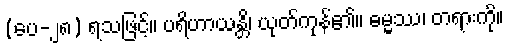
(ပေ-၂၈) ရသဖြင့်။ ပရိဟာယန္တိ၊ ယုတ်ကုန်၏။ ဓမ္မဿ၊ တရားကို။